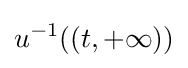
u^{-1}((t,+\infty ))